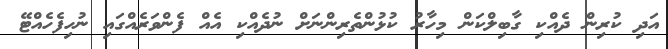
އަދި ކުރިން ދެއްކި ގާބިލްކަން މިހާރު ކުޅުންތެރިންނަށް ނުދެއްކި އެއް ފެންވަރެއްގައި ނުހިފެހެއްޓޭ